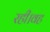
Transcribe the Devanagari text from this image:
रही।वह